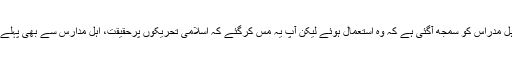
یہ درست ہے کہ اہل مدراس کو سمجھ آگئی ہے کہ وہ استعمال ہوئے لیکن آپ یہ مس کرگئے کہ اسلامی تحریکوں پرحقیقت، اہل مدارس سے بھی پہلے آشکار ہوگئی تھی۔